Lunatic asylums Central Provinces reports 1874-1885 - 1874-1885
Year: 1874
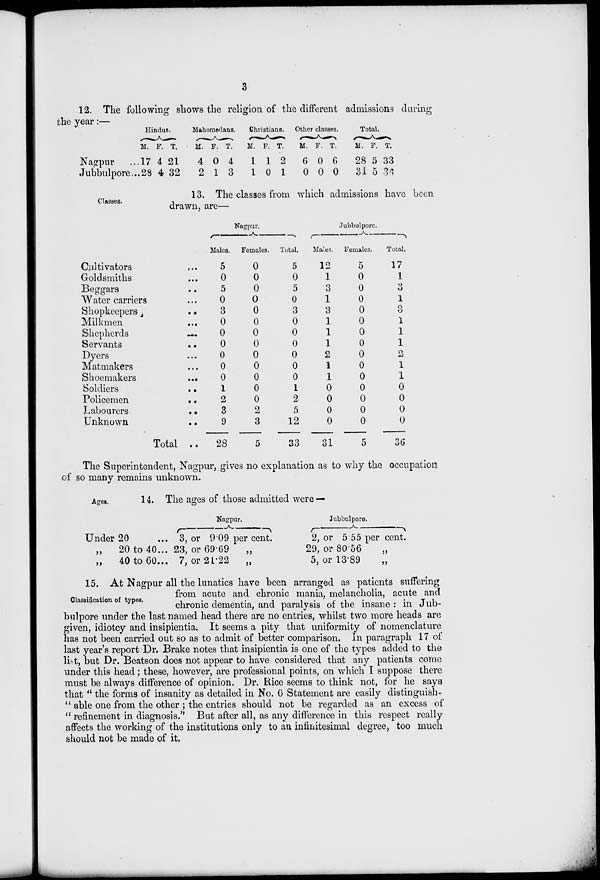
3
12. The following shows the religion of the different admissions during
the year :—
Nagpur …
Jubbulpore ...
Hindus.
M.
17
28
F.
4
4
T.
21
32
Mahomedans.
M.
4
2
F.
0
1
T.
4
3
Christians.
M.
1
1
F.
1
0
T.
2
1
Other classes.
M.
6
0
F.
0
0
T.
6
0
Total.
M.
28
31
F.
5
5
T.
33
36
Classes.
13. The classes from which admissions have been
drawn, are—
Cultivators ...
Goldsmiths ...
Beggars ...
Water carriers ...
Shopkeepers
...
Milkmen
...
Shepherds ...
Servants
...
Dyers ...
Matmakers ...
Shoemakers
...
Soldiers
...
Policemen
...
Labourers
...
Unknown
...
Total ...
Nagpur.
Males.
5
0
5
0
3
0
0
0
0
0
0
1
2
3
9
28
Females.
0
0
0
0
0
0
0
0
0
0
0
0
0
2
3
5
Total.
5
0
5
0
3
0
0
0
0
0
0
1
2
5
12
33
Jubbulpore.
Males.
12
1
3
1
3
1
1
1
2
1
1
0
0
0
0
31
Females.
5
0
0
0
0
0
0
0
0
0
0
0
0
0
0
5
Total.
17
1
3
1
3
1
1
1
2
1
1
0
0
0
0
36
The Superintendent, Nagpur, gives no explanation as to why the occupation
of so many remains unknown.
Ages.
14. The ages of those admitted were —
Under 20 ...
„
20 to 40 ...
„
40 to 60 ...
Nagpur.
3, or 9.09 per cent.
23, or 69.69
„
7, or 21.22
„
Jubbulpore.
2, or 5.55 per cent.
29, or 80.56
„
5, or 13.89
„
Classification of types.
15. At Nagpur all the lunatics have been arranged as patients suffering
from acute and chronic mania, melancholia, acute and
chronic dementia, and paralysis of the insane : in Jub-
bulpore under the last named head there are no entries, whilst two more heads are
given, idiotcy and insipientia. It seems a pity that uniformity of nomenclature
has not been carried out so as to admit of better comparison. In paragraph 17 of
last year's report Dr. Brake notes that insipientia is one of the types added to the
list, but Dr. Beatson does not appear to have considered that any patients come
under this head ; these, however, are professional points, on which I suppose there
must be always difference of opinion. Dr. Rice seems to think not, for he says
that " the forms of insanity as detailed in No. 6 Statement are easily distinguish-
" able one from the other ; the entries should not be regarded as an excess of
" refinement in diagnosis." But after all, as any difference in this respect really
affects the working of the institutions only to an infinitesimal degree, too much
should not be made of it.